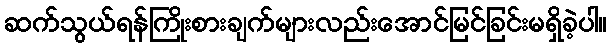
ဆက်သွယ်ရန်ကြိုးစားချက်များလည်းအောင်မြင်ခြင်းမရှိခဲ့ပါ။